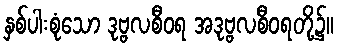
နှစ်ပါးစုံသော ဒုဗ္ဗလစီဝရ အဒုဗ္ဗလစီဝရတို့၌။